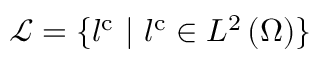
{ \mathcal { L } } = \{ l ^ { \mathrm { { c } } } \ | \ l ^ { \mathrm { { c } } } \in { L } ^ { 2 } \left( \Omega \right) \}